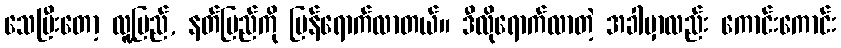
သေပြီးတော့ လူ့ပြည်, နတ်ပြည်ကို ပြန်ရောက်လာတယ်။ ဒီလိုရောက်လာတဲ့ အခါမှာလည်း ကောင်းကောင်း